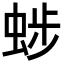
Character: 𧌂